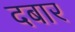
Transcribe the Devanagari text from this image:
दबार